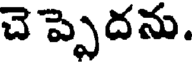
చె ప్పెదను.